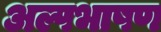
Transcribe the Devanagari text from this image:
अल्पभाषण